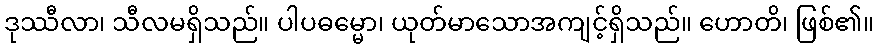
ဒုဿီလာ၊ သီလမရှိသည်။ ပါပဓမ္မော၊ ယုတ်မာသောအကျင့်ရှိသည်။ ဟောတိ၊ ဖြစ်၏။